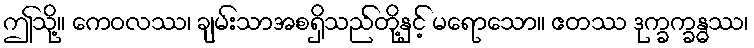
ဤသို့။ ကေဝလဿ၊ ချမ်းသာအစရှိသည်တို့နှင့် မရောသော။ ဧတဿ ဒုက္ခက္ခန္ဓဿ၊